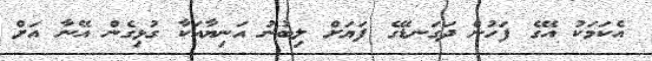
އެކަމަކު އޭގެ ފަހުން ދަގަނޑޭގެ ފަޔަށް ލިބުނު އަނިޔާއަކާ ގުޅިގެން އޭނާ އަށް